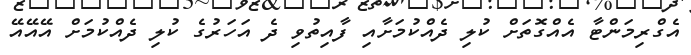
އެގްރިމަންޓާ އެއްގޮތަށް ކުލި ދެއްކުމަށާއި ފާއިތުވި ދެ އަހަރުގެ ކުލި ދެއްކުމަށް އޭއޭއޭ